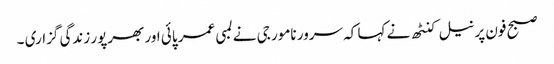
صبح فون پر نیل کنٹھ نے کہا کہ سرور نامور جی نے لمبی عمر پائی اور بھرپور زندگی گزاری ۔